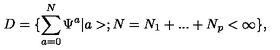
D = \{ \sum _ { a = 0 } ^ { N } \Psi ^ { a } | a > ; N = N _ { 1 } + . . . + N _ { p } < \infty \} ,